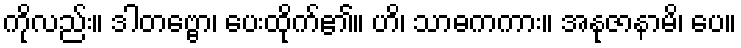
ကိုလည်း။ ဒါတဗ္ဗော၊ ပေးထိုက်၏။ ဟိ၊ သာဓကကား။ အနုဇာနာမိ၊ ပေ။